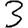
Digit: 3